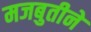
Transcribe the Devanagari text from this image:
मजबुतीने